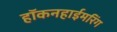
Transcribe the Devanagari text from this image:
हॉकनहाईमरिंग